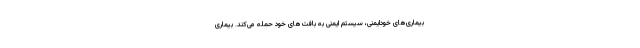
بیماری‌های خودایمنی، سیستم ایمنی به بافت‌های خود حمله می‌کند. بیماری